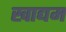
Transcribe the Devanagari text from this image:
खाद्यम